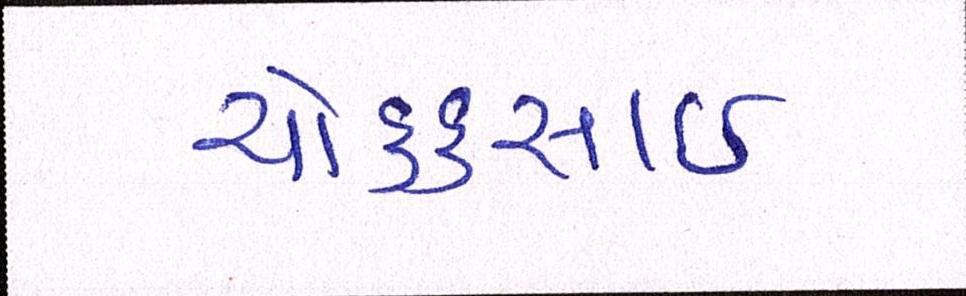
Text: ચોક્કચાઇ